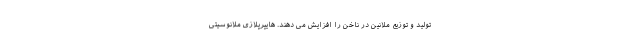
تولید و توزیع ملانین در ناخن را افزایش می دهند. هایپرپلازی ملانوسیتی